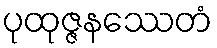
ပုထုဇ္ဇနဿေတံ